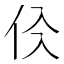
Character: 𠇒